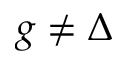
g \neq \Delta